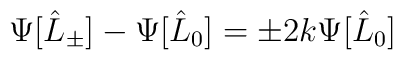
\Psi[\hat{L}_\pm]-\Psi[\hat{L}_0] = \pm 2 k\Psi[\hat{L}_0]